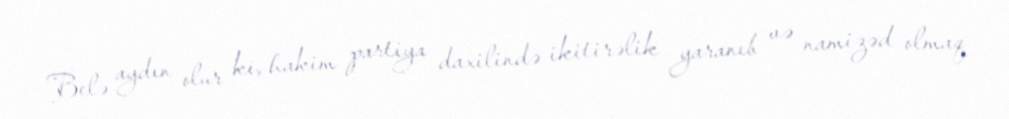
Belə aydın olur ki, hakim partiya daxilində ikitirəlik yaranıb və namizəd olmaq